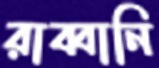
রাব্বানি